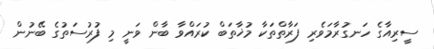
ސީރިއާގެ ހަނގުރާމަވެރި ފަރާތްތަކާ މުޚާތަބް ކުރައްވާ ބާން ވަނީ މި ފުރުސަތުގެ ބޭނުން